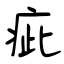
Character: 疵